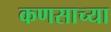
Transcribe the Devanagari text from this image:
कणसाच्या